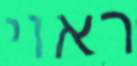
ראוי